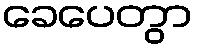
ခေပေတွာ